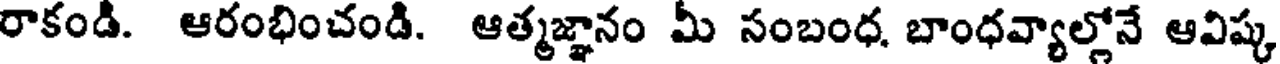
రాకండి. ఆరంభించండి. ఆత్మజ్ఞానం మీ సంబంధ, బాంధవ్యాల్లోనే ఆవిష్క